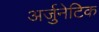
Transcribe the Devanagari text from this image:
अर्जुनेटिक